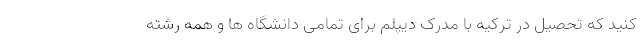
کنید که تحصیل در ترکیه با مدرک دیپلم برای تمامی دانشگاه ها و همه رشته